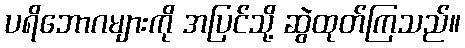
ပရိဘောဂများကို အပြင်သို့ ဆွဲထုတ်ကြသည်။